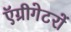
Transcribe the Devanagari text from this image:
ऍग्रीगेटरों